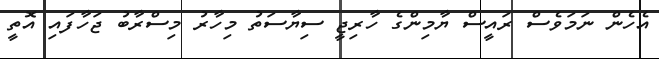
އެހެން ނަމަވެސް ރައީސް ޔާމިންގެ ހާރިޖީ ސިޔާސަތު މިހާރު މިސްރާބު ޖަހާފައި އޮތީ